Vaccination report Assam 1874-1896 - 1874-1896
Year: 1874
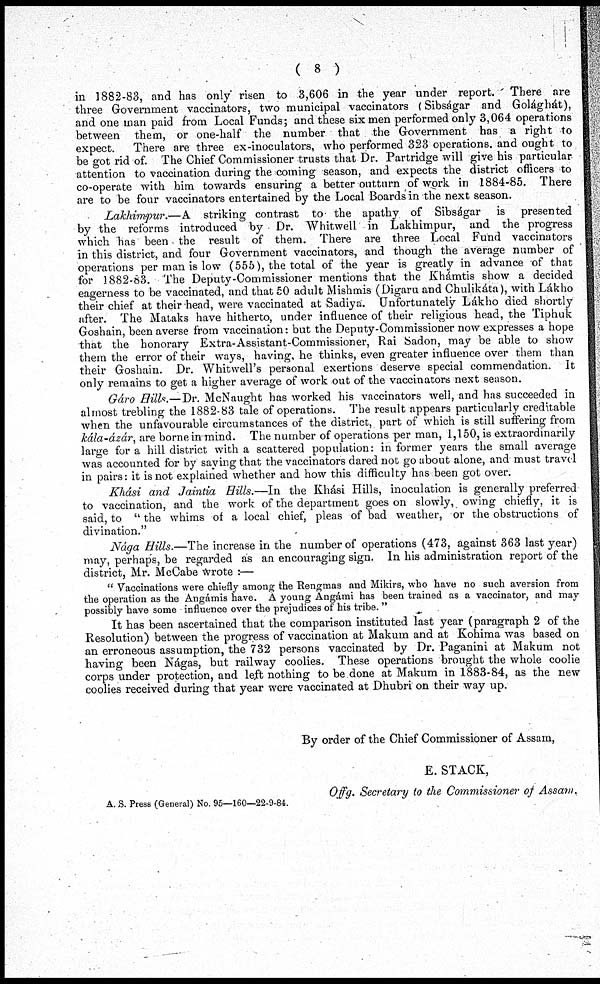
( 8 )
in 1882-83, and has only risen to 3,606 in the year under report. There are
three Government vaccinators, two municipal vaccinators (Sibságar and Golághát),
and one man paid from Local Funds; and these six men performed only 3,064 operations
between them, or one-half the number that the Government has a right to
expect. There are three ex-inoculators, who performed 323 operations. and ought to
be got rid of. The Chief Commissioner trusts that Dr. Partridge will give his particular
attention to vaccination during the coming season, and expects the district officers to
co-operate with him towards ensuring a better outturn of work in 1884-85. There
are to be four vaccinators entertained by the Local Boards in the next season.
Lakhimpur.—A striking contrast to the apathy of Sibságar is presented
by the reforms introduced by Dr. Whitwell in Lakhimpur, and the progress
which has been the result of them. There are three Local Fund vaccinators
in this district, and four Government vaccinators, and though the average number of
operations per man is low (555), the total of the year is greatly in advance of that
for 1882-83. The Deputy-Commissioner mentions that the Khámtis show a decided
eagerness to be vaccinated, and that 50 adult Mishmis (Digaru and Chulikáta), with Lákho
their chief at their head, were vaccinated at Sadiya. Unfortunately Lákho died shortly
after. The Mataks have hitherto, under influence of their religious head, the Tiphuk
Goshain, been averse from vaccination: but the Deputy-Commissioner now expresses a hope
that the honorary Extra-Assistant-Commissioner, Rai Sadon, may be able to show
them the error of their ways, having, he thinks, even greater influence over them than
their Goshain. Dr. Whitwell's personal exertions deserve special commendation. It
only remains to get a higher average of work out of the vaccinators next season.
Gáro Hills.—Dr. McNaught has worked his vaccinators well, and has succeeded in
almost trebling the 1882-83 tale of operations. The result appears particularly creditable
when the unfavourable circumstances of the district, part of which is still suffering from
kála-ázár, are borne in mind. The number of operations per man, 1,150, is extraordinarily
large for a hill district with a scattered population: in former years the small average
was accounted for by saying that the vaccinators dared not go about alone, and must travel
in pairs: it is not explained whether and how this difficulty has been got over.
Khási and Jaintia Hills.—In the Khási Hills, inoculation is generally preferred
to vaccination, and the work of the department goes on slowly, owing chiefly, it is
said, to " the whims of a local chief, pleas of bad weather, or the obstructions of
divination."
Nága Hills.—The increase in the number of operations (473, against 363 last year)
may, perhaps, be regarded as an encouraging sign. In his administration report of the
district, Mr. McCabe wrote :—
" Vaccinations were chiefly among the Rengmas and Mikirs, who have no such aversion from
the operation as the Angámis have. A young Angámi has been trained as a vaccinator, and may
possibly have some -influence over the prejudices of his tribe."
It has been ascertained that the comparison instituted last year (paragraph 2 of the
Resolution) between the progress of vaccination at Makum and at Kohima was based on
an erroneous assumption, the 732 persons vaccinated by Dr. Paganini at Makum not
having been Nágas, but railway coolies. These operations brought the whole coolie
corps under protection, and left nothing to be done at Makum in 1883-84, as the new
coolies received during that year were vaccinated at Dhubri on their way up.
By order of the Chief Commissioner of Assam,
E. STACK,
Offg. Secretary to the Commissioner of Assam.
A. S. Press (General) No. 95—160—22-9-84.